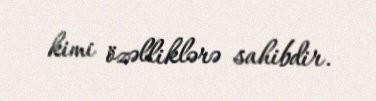
kimi özəlliklərə sahibdir.